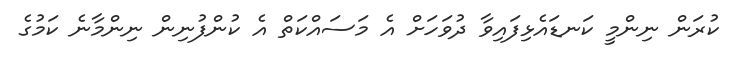
ކުރަން ނިންމީ ކަނޑައެޅިފައިވާ ދުވަހަށް އެ މަސައްކަތް އެ ކުންފުނިން ނިންމާނެ ކަމުގެ